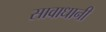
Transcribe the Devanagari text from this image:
सावाधानी